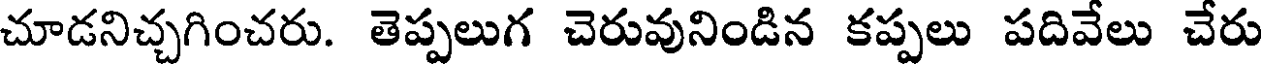
చూడనిచ్చగించరు. తెప్పలుగ చెరువునిండిన కప్పలు పదివేలు చేరు